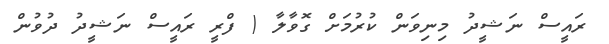
ރައީސް ނަޝީދު މިނިވަން ކުރުމަށް ގޮވާލާ ( ފްރީ ރައީސް ނަޝީދު ދުވުން